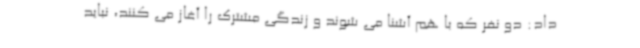
داد: دو نفر که با هم آشنا می شوند و زندگی مشترک را آغاز می کنند، نباید